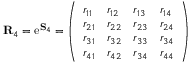
\mathbf { R } _ { 4 } = \mathrm { e } ^ { \mathbf { S } _ { 4 } } = \left( \begin{array} { l l l l } { r _ { 1 1 } } & { r _ { 1 2 } } & { r _ { 1 3 } } & { r _ { 1 4 } } \\ { r _ { 2 1 } } & { r _ { 2 2 } } & { r _ { 2 3 } } & { r _ { 2 4 } } \\ { r _ { 3 1 } } & { r _ { 3 2 } } & { r _ { 3 3 } } & { r _ { 3 4 } } \\ { r _ { 4 1 } } & { r _ { 4 2 } } & { r _ { 3 4 } } & { r _ { 4 4 } } \end{array} \right)